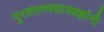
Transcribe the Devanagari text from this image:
पुरातत्त्वशास्त्रज्ञांनी